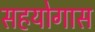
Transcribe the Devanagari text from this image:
सहयोगास